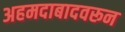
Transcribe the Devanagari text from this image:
अहमदाबादवरून